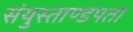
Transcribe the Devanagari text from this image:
संयुस्ताण्डपता